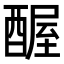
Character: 𬪱